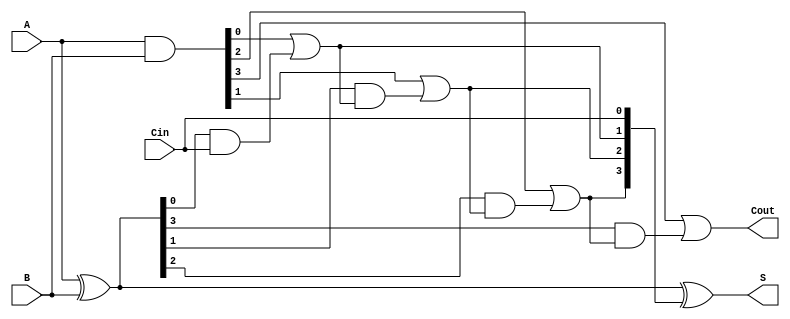
module ling_adder #(parameter n = 4) (
    input  [n-1:0] A,    // n-bit input A
    input  [n-1:0] B,    // n-bit input B
    input          Cin,   // Carry-in
    output [n-1:0] S,    // n-bit Sum output
    output         Cout    // Carry-out
);

    // Generate and propagate signals
    wire [n-1:0] G; // Generate signals
    wire [n-1:0] P; // Propagate signals
    wire [n:0] C;   // Carry signals (C[0] is Cin)

    // Generate and propagate calculations
    assign G = A & B;           // G[i] = A[i] & B[i]
    assign P = A ^ B;           // P[i] = A[i] ^ B[i]

    // Carry calculations
    assign C[0] = Cin;          // C[0] = Cin
    genvar i;
    generate
        for (i = 0; i < n; i = i + 1) begin : carry_calc
            if (i == 0) begin
                assign C[i + 1] = G[i] | (P[i] & C[i]); // C[1] = G[0] + P[0] * C[0]
            end else begin
                assign C[i + 1] = G[i] | (P[i] & C[i]); // C[i+1] = G[i] + P[i] * C[i]
            end
        end
    endgenerate

    // Sum calculations
    assign S = A ^ B ^ C[n-1:0]; // S[i] = A[i] ^ B[i] ^ C[i]

    // Final carry-out
    assign Cout = C[n]; // Cout is the last carry

endmodule